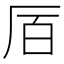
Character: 𫨅